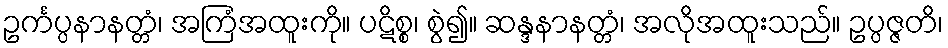
ဥင်္ကပ္ပနာနတ္တံ၊ အကြံအထူးကို။ ပဋိစ္စ၊ စွဲ၍။ ဆန္ဒနာနတ္တံ၊ အလိုအထူးသည်။ ဥပ္ပဇ္ဇတိ၊